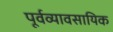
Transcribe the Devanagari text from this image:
पूर्वव्यावसायिक